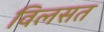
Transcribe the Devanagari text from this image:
विलसत